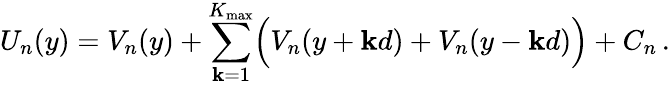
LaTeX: U_{n}(y)=V_{n}(y)+\sum_{\mathbf{k}=1}^{K_{\operatorname*{max}}}\Bigl(V_{n}(y+\mathbf{k}d)+V_{n}(y-\mathbf{k}d)\Bigr)+C_{n}\, .